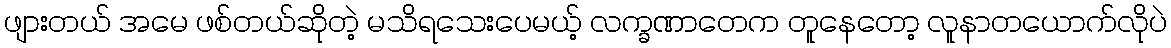
ဖျားတယ် အမေ ဖစ်တယ်ဆိုတဲ့ မသိရသေးပေမယ့် လက္ခဏာတေက တူနေတော့ လူနာတယောက်လိုပဲ